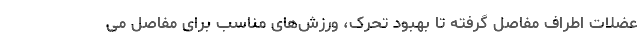
عضلات اطراف مفاصل گرفته تا بهبود تحرک، ورزش‌های مناسب برای مفاصل می